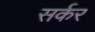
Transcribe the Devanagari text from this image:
सर्कर